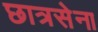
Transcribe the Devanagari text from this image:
छात्रसेना